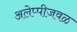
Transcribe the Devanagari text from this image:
अलेप्पीजवळ